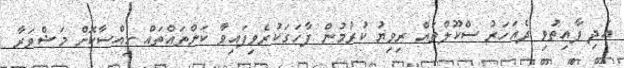
އަދި ފާއިތުވި ދެއަހަރު ސްކޫލްތައް ރިވިޔު ކުރުމުން ފާހަގަކުރެވިފައިވާ ކަންތައްތައް ހިއްސާކޮށް މަޝްވަރާ